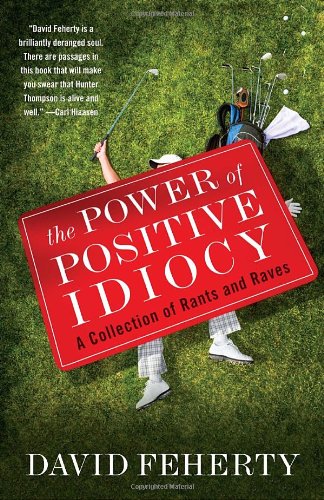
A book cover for The Power of Positive Idiocy: A Collection of Rants and Raves; David Feherty; Humor & Entertainment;